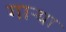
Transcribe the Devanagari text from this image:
गाऱ्या